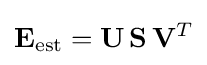
\mathbf {E} _{\rm {est}}=\mathbf {U} \,\mathbf {S} \,\mathbf {V} ^{T}